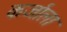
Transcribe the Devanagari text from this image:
कर्जाला